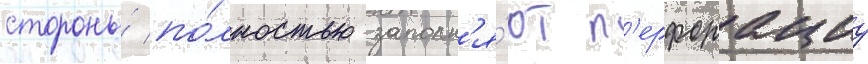
стороны́ по́лностью заполн'я́ют п'ерфорациу